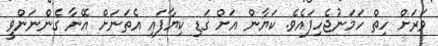
ވަރަށް ހިތް ހަމަނުޖެހިފައެވެ. ކަޔާން އަށް ގަޑި ކިޔާފައި އެތަނަށް އޭނާ ގެންނަންވީ